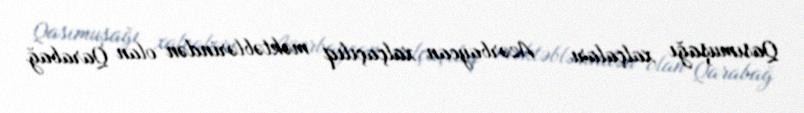
Qasımuşağı xalçaları — Azərbaycan xalçaçılıq məktəblərindən olan Qarabağ